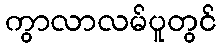
ကွာလာလမ်ပူတွင်